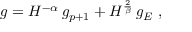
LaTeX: g = H ^ { - \alpha } \, g _ { p + 1 } + H ^ { \frac 2 \beta } \, g _ { E } ~ ,